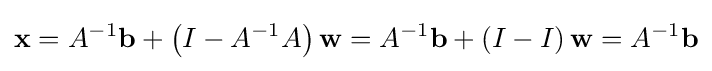
\mathbf {x} =A^{-1}\mathbf {b} +\left(I-A^{-1}A\right)\mathbf {w} =A^{-1}\mathbf {b} +\left(I-I\right)\mathbf {w} =A^{-1}\mathbf {b}